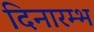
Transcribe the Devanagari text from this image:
दिनारम्भ